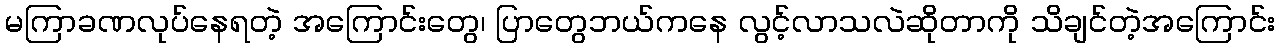
မကြာခဏလုပ်နေရတဲ့ အကြောင်းတွေ၊ ပြာတွေဘယ်ကနေ လွင့်လာသလဲဆိုတာကို သိချင်တဲ့အကြောင်း